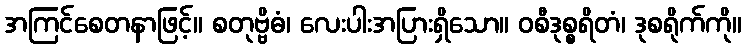
အကြင်စေတနာဖြင့်။ စတုဗ္ဗိဓံ၊ လေးပါးအပြားရှိသော။ ဝစီဒုစ္စရိတံ၊ ဒုစရိုက်ကို။